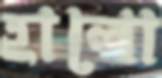
হালো